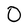
Character: O